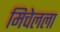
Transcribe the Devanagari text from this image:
मिचेलला